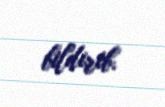
bildirib.